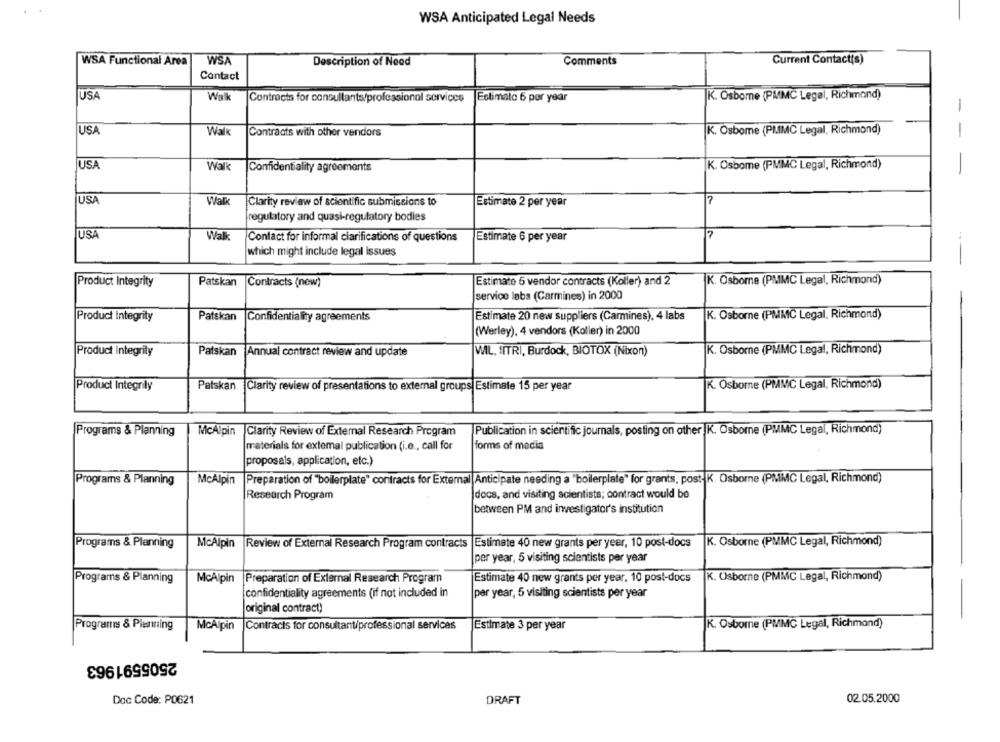
WSA Anticipated Legal Needs
WSA Functional Area
WSA
Current Contact(s)
Description of Need
Comments
Contact
USA
Walk
K. Osborne (PMMC Legal, Richmond)
Contracts for consultants/professional services Estimate 6 per year
USA
Walk
Contracts with other vendors
K. Osbome (PMMC Legal, Richmond)
--
USA
Walk
Confidentiality agreements
K. Osbome (PMMC Legal, Richmond)
USA
War
Clarity review of scientific submissions to
Estimate 2 per year
regulatory and quasi-regulatory bodies
USA
Walk
Contact for informal clarifications of questions
Estimate 6 per year
which might include legal issues
Product Integrity
Patskan
Estimate 5 vendor contracts (Koller) and 2
K. Osborne (PMMC Legal, Richmond)
Contracts (new)
service labs (Carmines) in 2000
Product Integrity
Patskan
Confidentiality agreements
Estimate 20 new suppliers (Carmines), 4 labs
K. Osborne (PMMC Legal, Richmond)
(Werley), 4 vendors (Koller) in 2000
Product Integrity
Patskan
Annual contract review and update
WIL, İITRI, Burdock, BIOTOX (Nixon)
K. Osborne (PMMC Legal, Richmond)
K. Osborne (PMMC Legal, Richmond)
Product Integrily
Patskan Clarity review of presentations to external groups Estimate 15 per year
Publication in scientific journals, posting on other K. Osborne (PMMC Legal, Richmond)
Programs & Planning
McAlpin
Clarity Review of External Research Program
forms of media
materials for extemal publication (i.e ., call for
proposals, application, etc.)
Programs & Planning
McAlpin
Preparation of "boilerplate" contracts for External Anticipate needing a "boilerplate" for grants, post- K. Osborne (PMMC Legal, Richmond)
Research Program
docs, and visiting scientists; contract would be
between PM and investigator's institution
K. Osborne (PMMC Legal, Richmond)
Programs & Planning
McAlpin Review of External Research Program contracts
Estimate 40 new grants per year, 10 post-docs
per year, 5 visiting scientists per year
Programs & Planning
McAlpin
Preparation of External Research Program
Estimate 40 new grants per year, 10 post-docs
K. Osborne (PMMC Legal, Richmond)
confidentiality agreements (if not included in
per year, 5 visiting scientists per year
original contract)
K. Osborne (PMMC Legal, Richmond)
Programs & Planning
McAlpin
Contracts for consultantiprofessional services
Estimate 3 per year
2505591963
Doc Code: PO621
DRAFT
02.05.2000